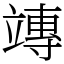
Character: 竱